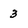
Character: 3